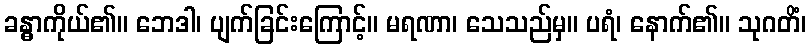
ခန္ဓာကိုယ်၏။ ဘေဒါ၊ ပျက်ခြင်းကြောင့်။ မရဏာ၊ သေသည်မှ။ ပရံ၊ နောက်၏။ သုဂတိံ၊